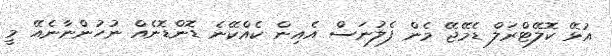
އުޅޭ ކޮލޭޓްރަލް ޑެމޭޖޭ މެން ފެލުނަސް އެއިން ކެއްކޭނެ ޑޮންޑޮނެއް ނުހުންނާނެއޭ މީ